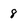
Character: 8